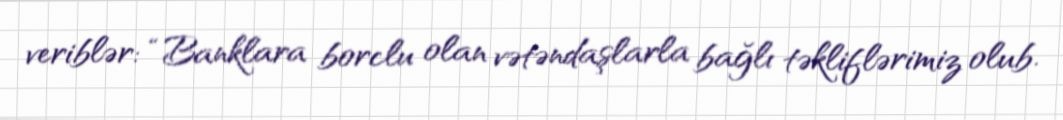
veriblər: “Banklara borclu olan vətəndaşlarla bağlı təkliflərimiz olub.